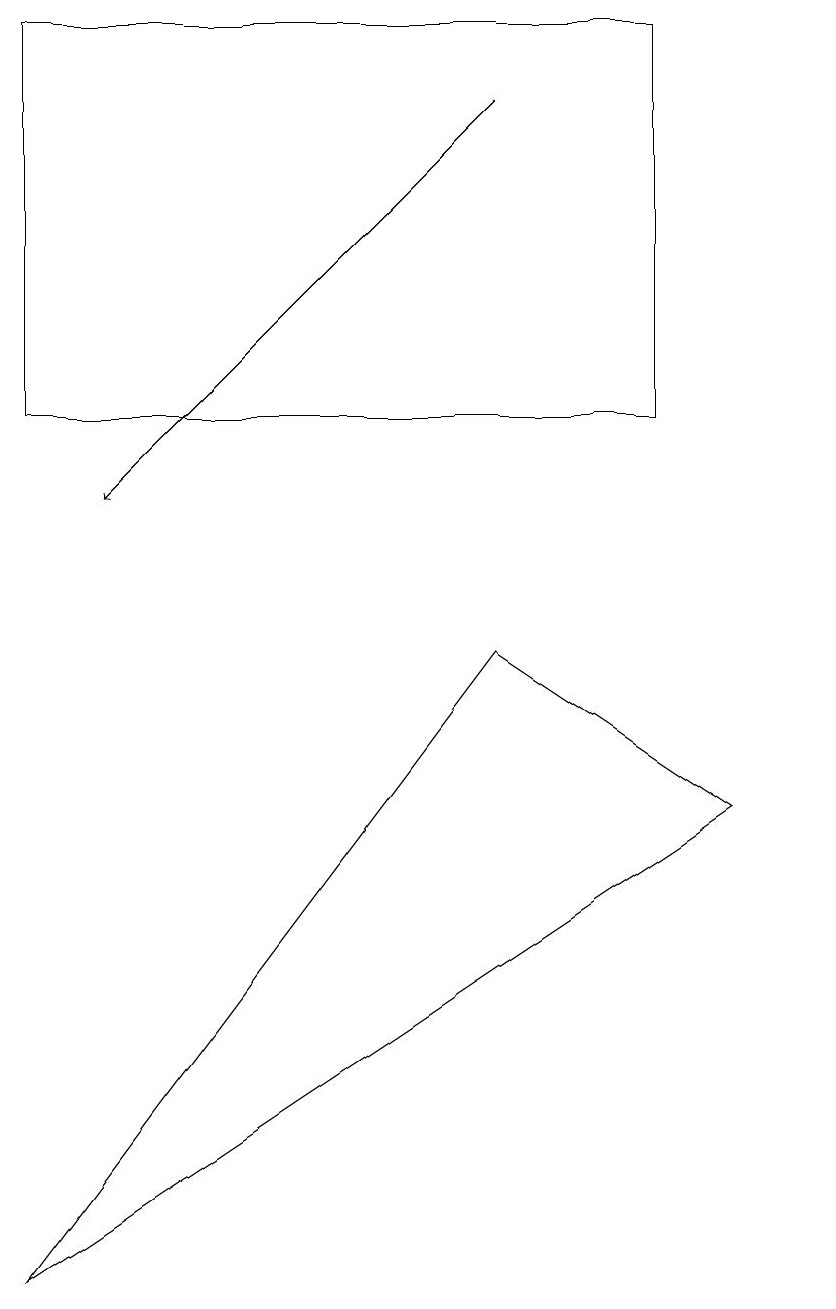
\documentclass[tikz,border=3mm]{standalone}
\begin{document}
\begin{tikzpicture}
\draw (8,17) rectangle (0,12);
\draw (10,12) circle (0);
\draw[->] (6,16) -- (1,11);
\draw (6,9) -- (0,1) -- (9,7) -- cycle;
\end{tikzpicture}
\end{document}